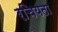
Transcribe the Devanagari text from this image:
रचियता